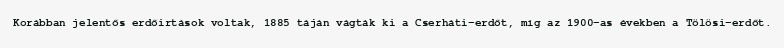
Korábban jelentős erdőirtások voltak, 1885 táján vágták ki a Cserháti-erdőt, míg az 1900-as években a Tölösi-erdőt.